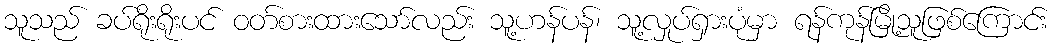
သူသည် ခပ်ရိုးရိုးပင် ဝတ်စားထားသော်လည်း သူ့ဟန်ပန်၊ သူ့လှုပ်ရှားပုံမှာ ရန်ကုန်မြို့သူဖြစ်ကြောင်း